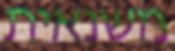
משנאית